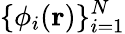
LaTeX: \{ \phi_{i}({\mathbf r})\} _{i=1}^{N}